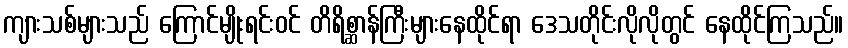
ကျားသစ်များသည် ကြောင်မျိုးရင်းဝင် တိရိစ္ဆာန်ကြီးများနေထိုင်ရာ ဒေသတိုင်းလိုလိုတွင် နေထိုင်ကြသည်။